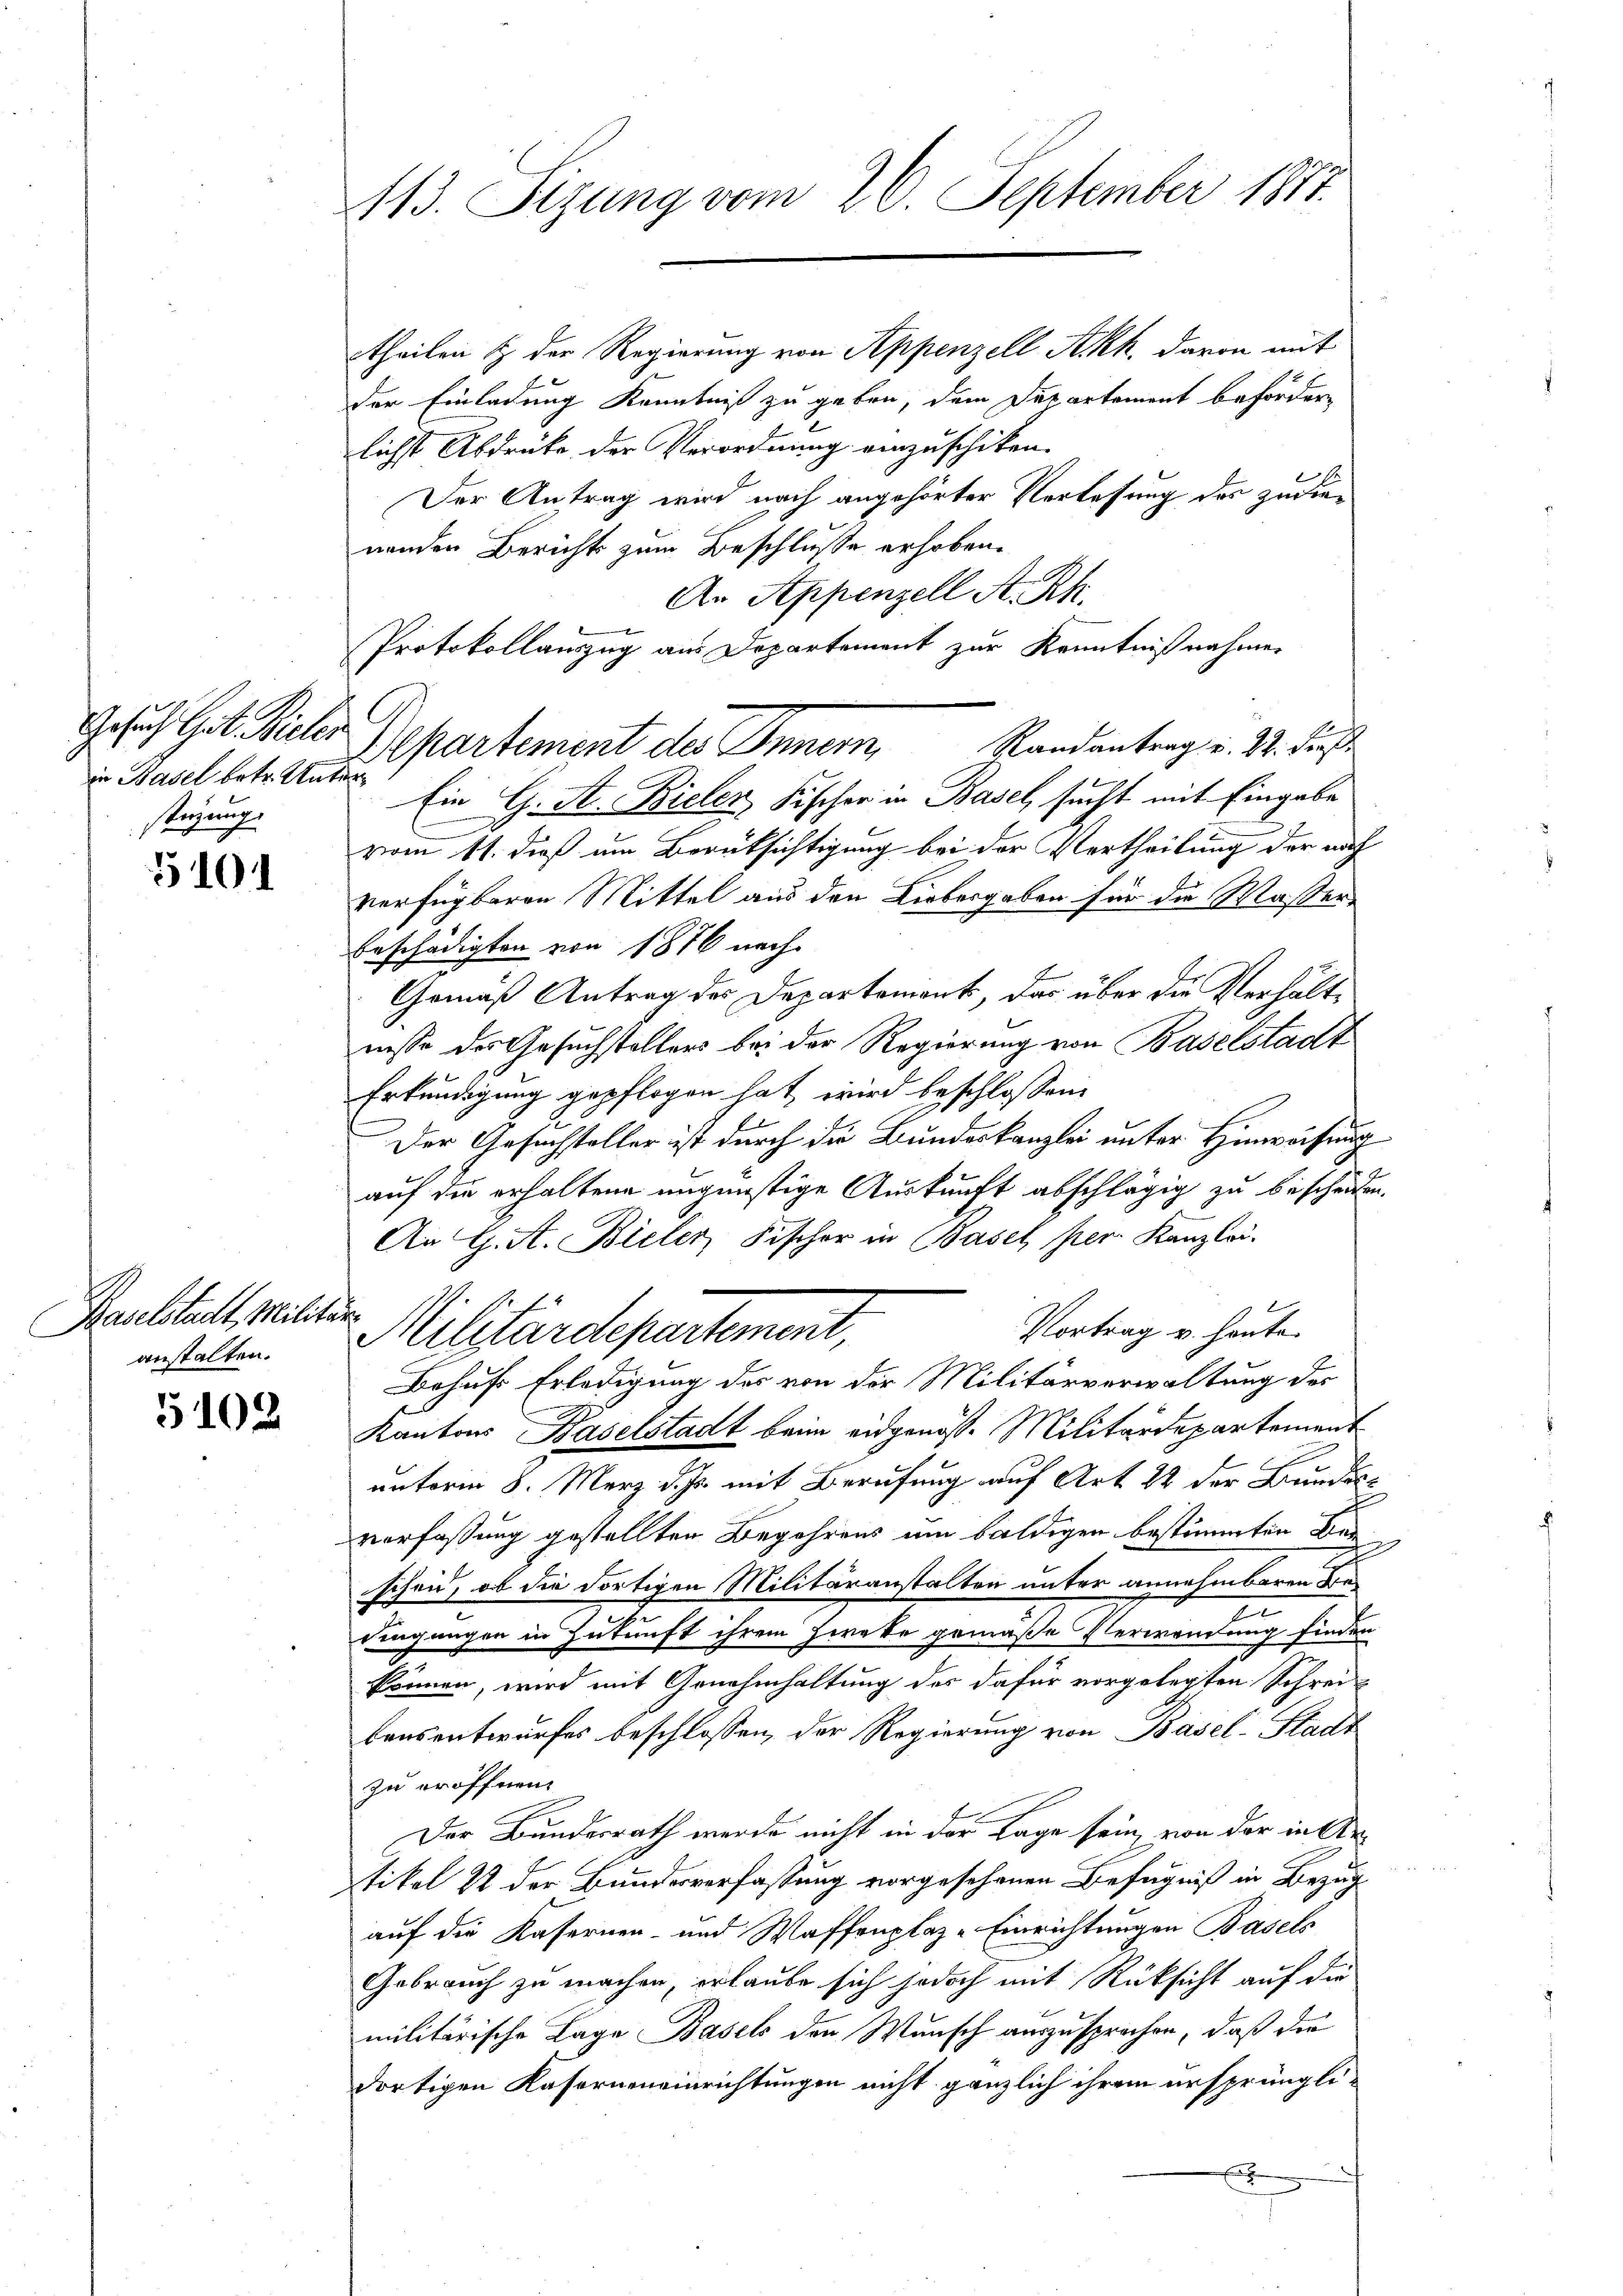
Gesuch Got. Vieler
in Basel betr. Unter
stüzung.

5101

Baselstadt, Militär-
anstalten.

5108

113. Sizung vom 26. September 1817.

theilen & der Regierung von Appenzell Akk. davon mit
der Einladung Kenntniß zu geben, dem Departement befördern
lichst Abdrücke der Verordnung vorzuschiken.
Der Antrag wird nach angehörter Verlesung des zu dienenden Berichts zum Beschlusse erhoben.
An Appenzell A. Rh.
Protokollauszug aus Departement zur Kenntnißnahmen
Ein G. A. Bieler, Fischer in Basel, sucht mit Eingabe
vom 11. dieß um Berüksichtigung bei der Vertheilung der noch
verfügbaren Mittel aus den Liebergaben für die Masser
beschädigten von 1876 nach
Gemäß Antrag des Departement, das über die Verhältnisse der Gesuchstellers bei der Regierung von Baselstadt
Erkundigung gepflogen hat, wird beschlossene
Der Gesuchsteller ist durch die Bundeskanzlei unter Hinweisung
auf die erhaltene ungünstige Auskunft abschlägig zu bescheiden.
An G. A. Bieler Fischer in Basel per. Kanzlei.
Vortrag u. heute
Militärdepartement,
Behufs Erledigung des von der Militärverwaltung des
Kantons Baselstadt beim eidgenöss. Militärdepartement
unterm 8. März d. Js. mit Berufung auf Art. 22 der Bundesverfassung gestellten Begehrens um baldigen bestimmten de
schen, ob die dortigen Militäranstalten unter annehmbaren Bez
dingungen in Zukunft ihrem Hircke gemäße Verwendung finden
können, wird mit Genehmhaltung des dafür vorgelegten Schrei
bensentwurfes beschlossen, der Regierung von Basel-Stadt
zu eröffnen.
Der Bundesrath werde nicht in der Lage sein, von der in Arstikel 22 der Bundesverfassung vorgesehenen Befugniß in Bezug
auf die Kasernen- und Waffenplaz-Einrichtungen Basels
Gebrauch zu machen erlaube sich jedoch mit Rücksicht auf die
militärische Lage Basels den Wunsch auszusprochen, daß die
dortigen Kaserneneinrichtungen nicht gänzlich ihrem ursprünglix

Apartement des Innern, Randantrag v. M. des